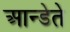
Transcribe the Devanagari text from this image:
आन्डेते